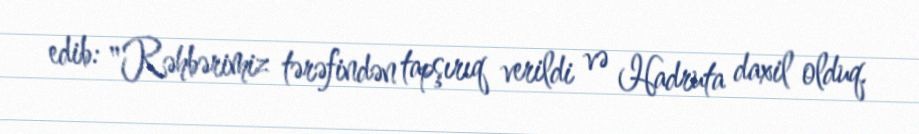
edib: "Rəhbərimiz tərəfindən tapşırıq verildi və Hadruta daxil olduq.